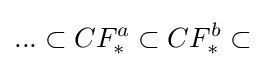
...\subset CF_{*}^{a}\subset CF_{*}^{b}\subset